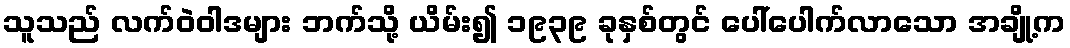
သူသည် လက်ဝဲဝါဒများ ဘက်သို့ ယိမ်း၍ ၁၉၃၉ ခုနှစ်တွင် ပေါ်ပေါက်လာသော အချို့က